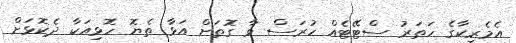
އެމެރިކާގެ ހަތަރު ސްޓޭޓެއް ހުރަސް ވާ ގޮތަށް އަޅާ ތެޔޮ ހޮޅިއަކާ ދެކޮޅަށް